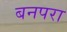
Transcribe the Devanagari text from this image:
बनपरा